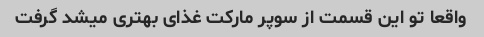
واقعا تو این قسمت از سوپر مارکت غذای بهتری میشد گرفت